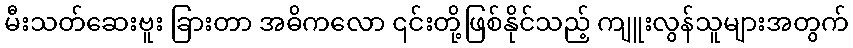
မီးသတ်ဆေးဗူး ခြားတာ အဓိကလော ၎င်းတို့ဖြစ်နိုင်သည့် ကျူးလွန်သူများအတွက်